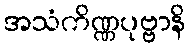
အသံကိဏ္ဏပုဗ္ဗာနိ